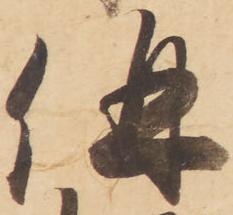
併